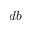
d b